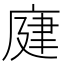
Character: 𢉆